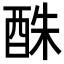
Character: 䣷